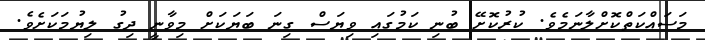
މަސައްކަތްކޮށްލާނަމެވެ. ކުރުކޮށޭ ބުނި ކަމުގައި ވިޔަސް ގިނަ ބަޔަކަށް މިވާނީ ދިގު ލިޔުމަކަށެވެ.